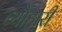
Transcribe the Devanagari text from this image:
ब्यौहारी